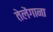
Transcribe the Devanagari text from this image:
तेलेंगाना